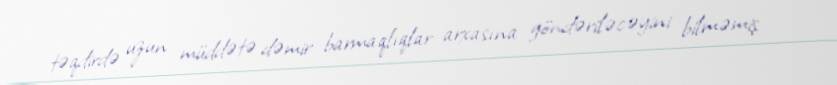
təqdirdə uzun müddətə dəmir barmaqlıqlar arxasına göndəriləcəyini bilməmiş